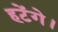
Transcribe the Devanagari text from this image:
हटेंगे।